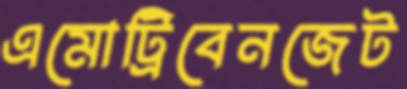
এমোট্রিবেনজেট